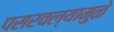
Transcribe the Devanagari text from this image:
पसरवल्यामुळे